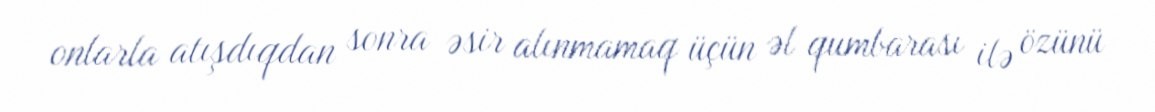
onlarla atışdıqdan sonra əsir alınmamaq üçün əl qumbarası ilə özünü